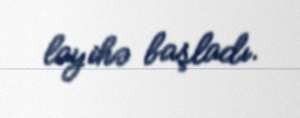
layihə başladı.